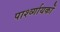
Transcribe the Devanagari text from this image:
पार्श्व्गायकों